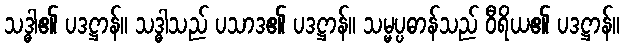
သဒ္ဓါ၏ ပဒဋ္ဌာန်။ သဒ္ဓါသည် ပသာဒ၏ ပဒဋ္ဌာန်။ သမ္မပ္ပဓာန်သည် ဝီရိယ၏ ပဒဋ္ဌာန်။